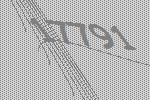
17791